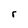
Character: r